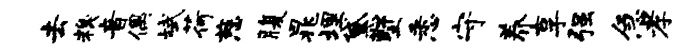
去糗音偶斌荷慈腹晁埋黛墅悉守养享强急孝